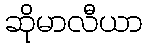
ဆိုမာလီယာ